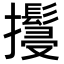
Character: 𢹚